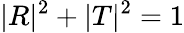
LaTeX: |R|^{2}+|T|^{2}=1